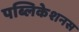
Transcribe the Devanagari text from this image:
पब्लिकेशनस